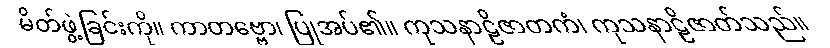
မိတ်ဖွဲ့ခြင်းကို။ ကာတဗ္ဗော၊ ပြုအပ်၏။ ကုသနာဠိဇာတကံ၊ ကုသနာဠိဇာတ်သည်။